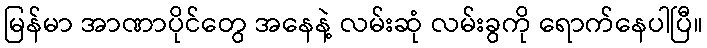
မြန်မာ အာဏာပိုင်တွေ အနေနဲ့ လမ်းဆုံ လမ်းခွကို ရောက်နေပါပြီ။